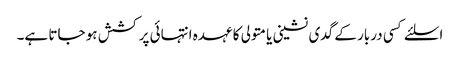
اسلئے کسی دربار کے گدی نشینی یا متولی کا عہدہ انتہائی پر کشش ہو جاتا ہے۔